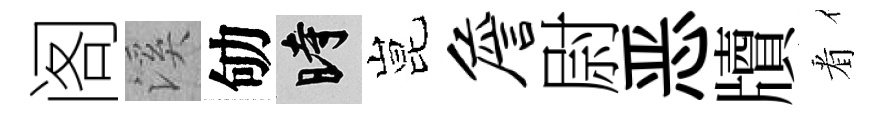
阁溪劬时昆詹尉恶牘㸔